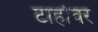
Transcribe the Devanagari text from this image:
टाहोवर